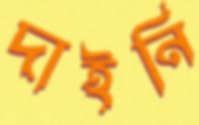
দাইনি